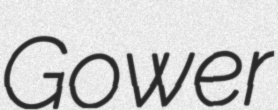
Gower